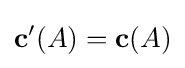
\mathbf {c} '(A)=\mathbf {c} (A)